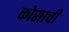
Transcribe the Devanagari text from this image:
कोसाची